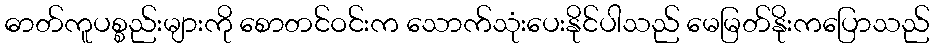
ဓာတ်ကူပစ္စည်းများကို စောတင်ဝင်းက သောက်သုံးပေးနိုင်ပါသည် မေမြတ်နိုးကပြောသည်